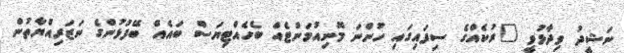
ނަޝީދު ވިދާޅުވީ "ރުކެއްގެ ސިފައިގައި ހުންނަ މޮނިއުމަންޓެއް ބެހެއްޓިޔަސް ބައެއް ބޭފުޅުންގެ ނަޒަރިއްޔާތުން